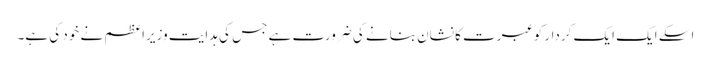
اسکے ایک ایک کردار کو عبرت کا نشان بنانے کی ضرورت ہے جس کی ہدایت وزیراعظم نے خود کی ہے۔